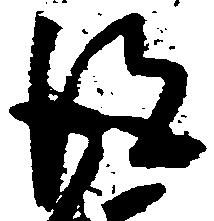
得